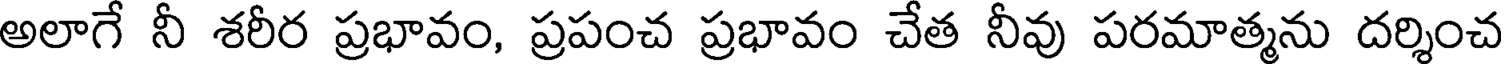
అలాగే నీ శరీర ప్రభావం, ప్రపంచ ప్రభావం చేత నీవు పరమాత్మను దర్శించ